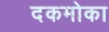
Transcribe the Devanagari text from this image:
दकमोका